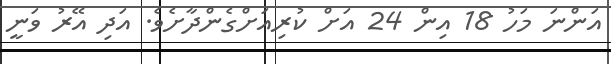
އަންނަ މަހު 18 އިން 24 އަށް ކުރިއަށްގެންދާށެވެ. އަދި އޭރު ވަނީ